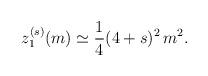
LaTeX: \begin{align*}z_1^{(s)} (m)\simeq {1\over 4}(4+s)^2\, m^2.\end{align*}